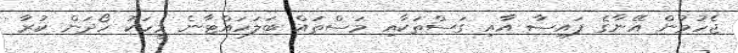
ޖެހުމުން އޭނާގެ ފައިސާ އާއި ގަސްތަކާއި މަސްތައް ބަލަހައްޓާނެ މީހަކު ހޯދަން ކުރާ